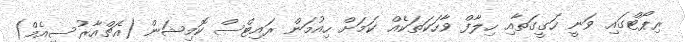
ރިޕޯޓްގައި ވަނީ ހަގީގަތާއި ހިލާފް ވާހަކަތަކެއް ކަމަށް ހިއުމަން ރައިޓްސް ކޮމިޝަން (އެޗްއާރުސީއެމް)